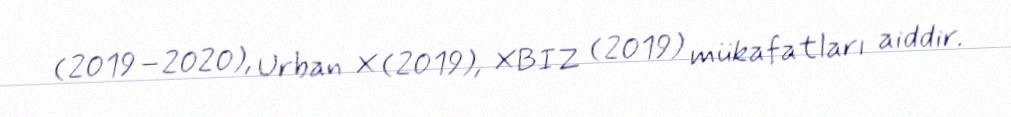
(2019–2020), Urban X (2019), XBIZ (2019) mükafatları aiddir.